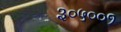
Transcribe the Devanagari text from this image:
३०५००१